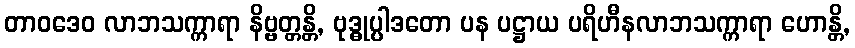
တာဝဒေဝ လာဘသက္ကာရာ နိဗ္ဗတ္တန္တိ, ဗုဒ္ဓုပ္ပါဒတော ပန ပဋ္ဌာယ ပရိဟီနလာဘသက္ကာရာ ဟောန္တိ,